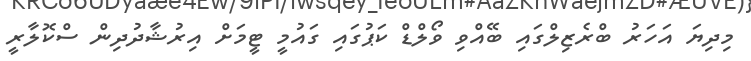
މިދިޔަ އަހަރު ބްރެޒިލްގައި ބޭއްވި ވޯލްޑް ކަޕުގައި ގައުމީ ޓީމަށް އިރުޝާދުދިން ސްކޮލާރީ